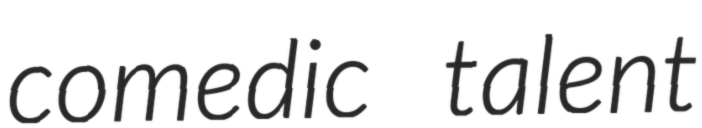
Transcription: comedic talent